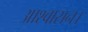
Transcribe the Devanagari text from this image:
आश्‍वासन।